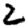
Digit: 2